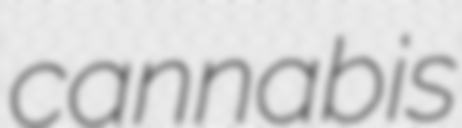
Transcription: cannabis